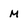
Character: m